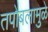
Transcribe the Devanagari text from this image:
तपोबलामुळे